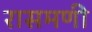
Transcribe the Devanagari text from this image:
रासमणी